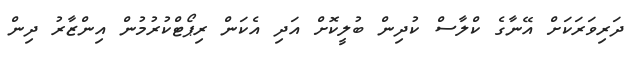
ދަރިވަރަކަށް އޭނާގެ ކްލާސް ކުދިން ބުލީކޮށް އަދި އެކަން ރިޕޯޓްކުރުމުން އިންޒާރު ދިން